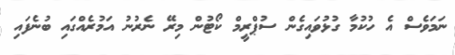
ނަމަވެސް އެ ހުކުމާ ގުޅުވައިގެން ސުޕްރީމް ކޯޓުން މިރޭ ނެރުނު އަމުރެއްގައި ބުނެފައި